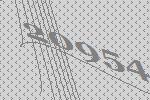
20954